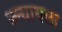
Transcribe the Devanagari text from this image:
ब्ल्यायला